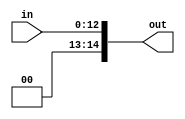
module fixed_convertof(
	input [5:-7] in,
	output signed [7:-7] out );
	assign out = {2'b0, in} ;
endmodule